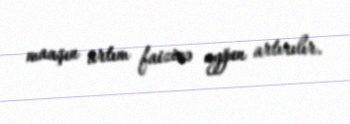
maaşın artım faizinə uyğun artırılır.